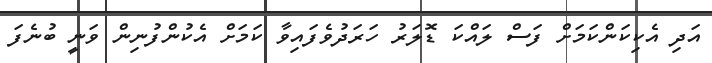
އަދި އެކިކަންކަމަށް ފަސް ލައްކަ ޑޮލަރު ހަރަދުވެފައިވާ ކަމަށް އެކުންފުނިން ވަނީ ބުނެފަ